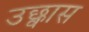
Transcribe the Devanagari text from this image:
उछ्वास